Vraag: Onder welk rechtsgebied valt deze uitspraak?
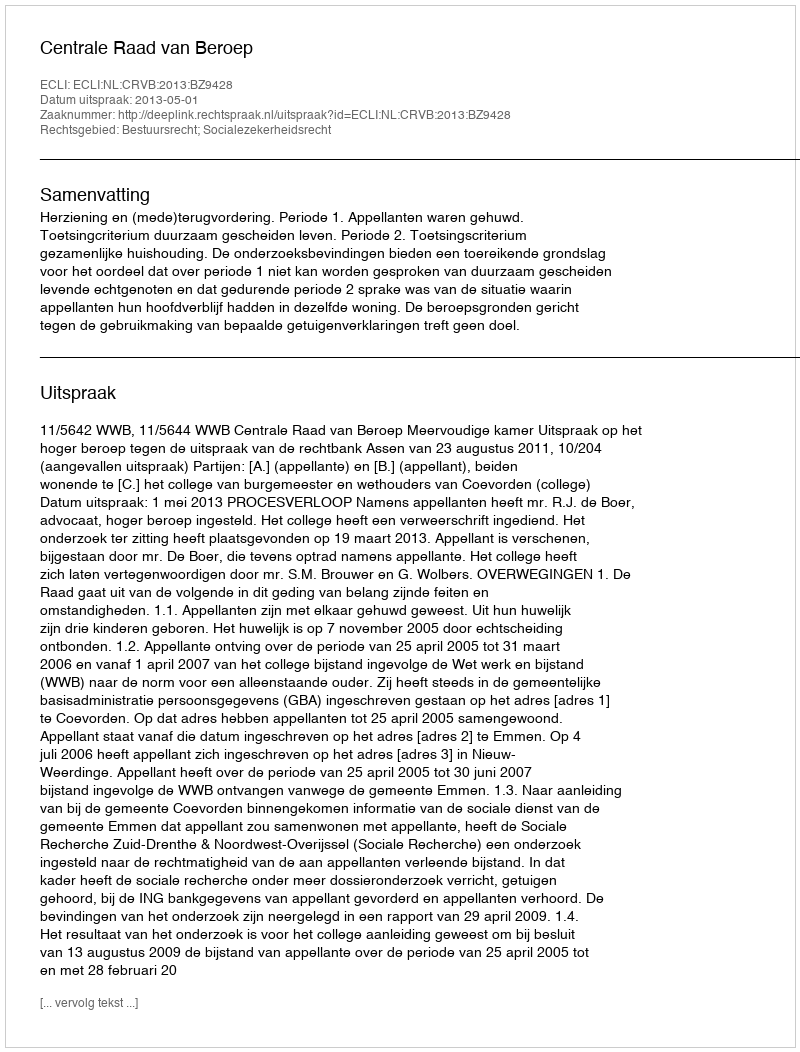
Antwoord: Bestuursrecht; Socialezekerheidsrecht